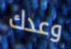
وعدك